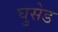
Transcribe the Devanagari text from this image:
घुसेड